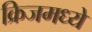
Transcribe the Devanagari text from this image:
क्रिजमध्ये